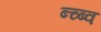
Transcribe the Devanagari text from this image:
ब्च्ब्व